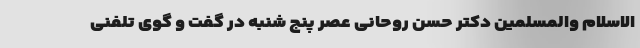
الاسلام والمسلمین دکتر حسن روحانی عصر پنج شنبه در گفت و گوی تلفنی